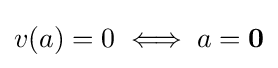
v(a)=0\iff a=\mathbf {0}